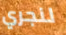
لنجري